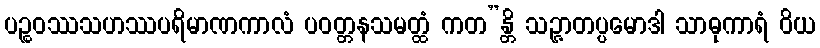
ပဉ္စဝဿသဟဿပရိမာဏကာလံ ပဝတ္တနသမတ္ထံ ကတ”န္တိ သဉ္ဇာတပ္ပမောဒါ သာဓုကာရံ ဝိယ